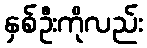
နှစ်ဦးကိုလည်း